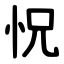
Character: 怳